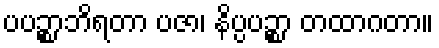
ပပဉ္စာဘိရတာ ပဇာ၊ နိပ္ပပဉ္စာ တထာဂတာ။